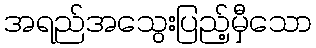
အရည်အသွေးပြည့်မှီသော